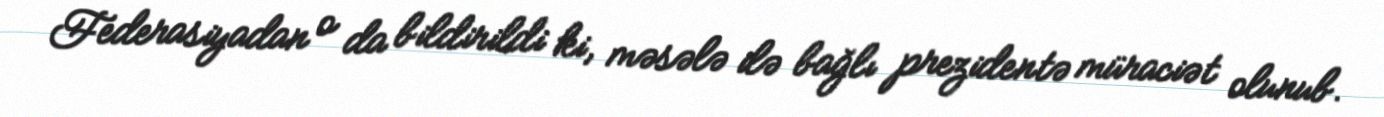
Federasiyadan o da bildirildi ki, məsələ ilə bağlı prezidentə müraciət olunub.